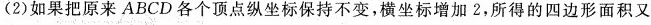
(2)如果把原来ABCD各个顶点纵坐标保持不变，横坐标增加2，所得的四边形面积又